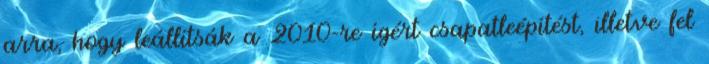
arra, hogy leállítsák a 2010-re ígért csapatleépítést, illetve fel